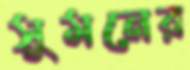
সুমনের